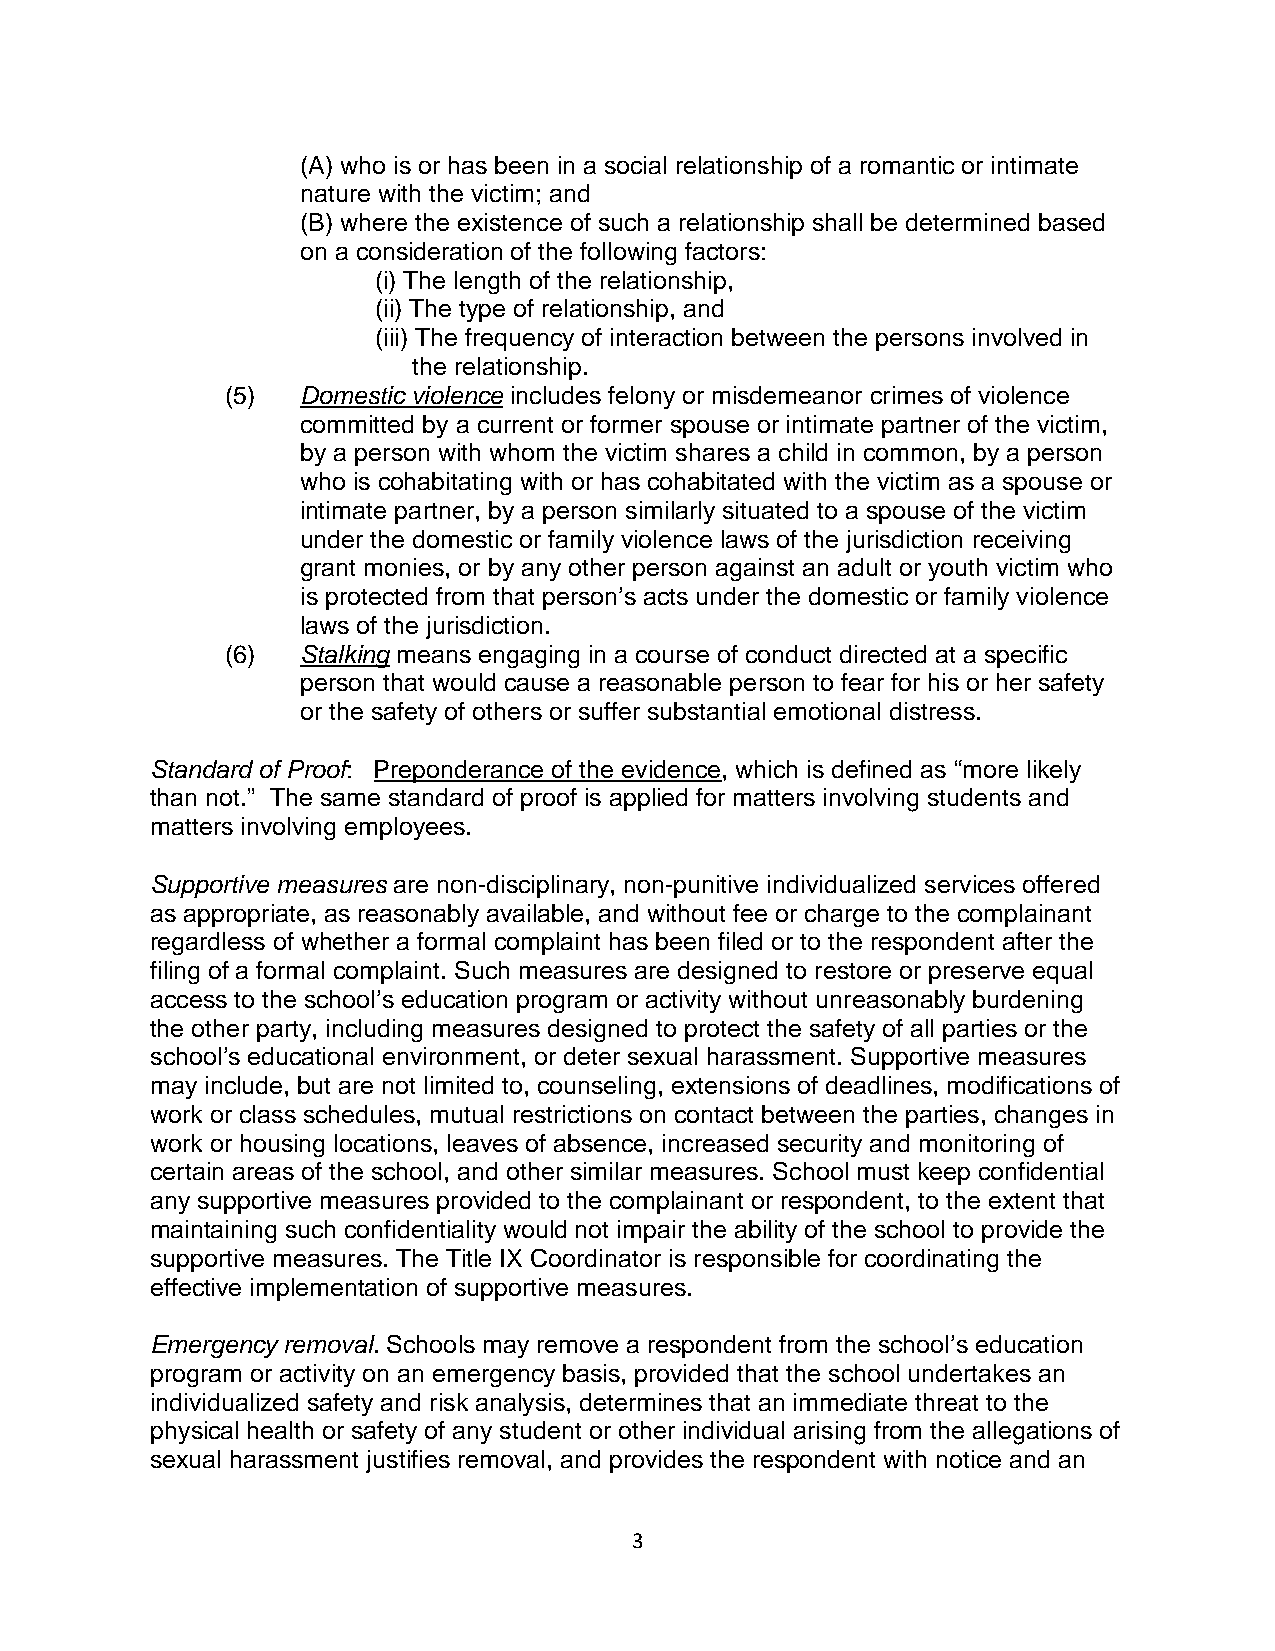
(A) who is or has been in a social relationship of a romantic or intimate
 nature with the victim; and
 (B) where the existence of such a relationship shall be determined based
 on a consideration of the following factors:
 (i) The length of the relationship,
 (ii) The type of relationship, and
 (iii) The frequency of interaction between the persons involved in
 the relationship.
 (5)  Domestic violence includes felony or misdemeanor crimes of violence
 committed by a current or former spouse or intimate partner of the victim,
 by a person with whom the victim shares a child in common, by a person
 who is cohabitating with or has cohabitated with the victim as a spouse or
 intimate partner, by a person similarly situated to a spouse of the victim
 under the domestic or family violence laws of the jurisdiction receiving
 grant monies, or by any other person against an adult or youth victim who
 is protected from that person’s acts under the domestic or family violence
 laws of the jurisdiction.
 (6)  Stalking means engaging in a course of conduct directed at a specific
 person that would cause a reasonable person to fear for his or her safety
 or the safety of others or suffer substantial emotional distress.
 Standard of Proof: Preponderance of the evidence, which is defined as “more likely
 than not.” The same standard of proof is applied for matters involving students and
 matters involving employees.
 Supportive measures are non-disciplinary, non-punitive individualized services offered
 as appropriate, as reasonably available, and without fee or charge to the complainant
 regardless of whether a formal complaint has been filed or to the respondent after the
 filing of a formal complaint. Such measures are designed to restore or preserve equal
 access to the school’s education program or activity without unreasonably burdening
 the other party, including measures designed to protect the safety of all parties or the
 school’s educational environment, or deter sexual harassment. Supportive measures
 may include, but are not limited to, counseling, extensions of deadlines, modifications of
 work or class schedules, mutual restrictions on contact between the parties, changes in
 work or housing locations, leaves of absence, increased security and monitoring of
 certain areas of the school, and other similar measures. School must keep confidential
 any supportive measures provided to the complainant or respondent, to the extent that
 maintaining such confidentiality would not impair the ability of the school to provide the
 supportive measures. The Title IX Coordinator is responsible for coordinating the
 effective implementation of supportive measures.
 Emergency removal. Schools may remove a respondent from the school’s education
 program or activity on an emergency basis, provided that the school undertakes an
 individualized safety and risk analysis, determines that an immediate threat to the
 physical health or safety of any student or other individual arising from the allegations of
 sexual harassment justifies removal, and provides the respondent with notice and an
 3